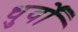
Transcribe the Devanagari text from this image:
धुर्वों